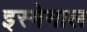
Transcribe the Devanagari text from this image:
इस्मेमाल